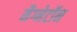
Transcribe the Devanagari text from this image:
मैग्नेटॉन